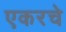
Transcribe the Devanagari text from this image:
एकरचे